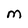
Character: m